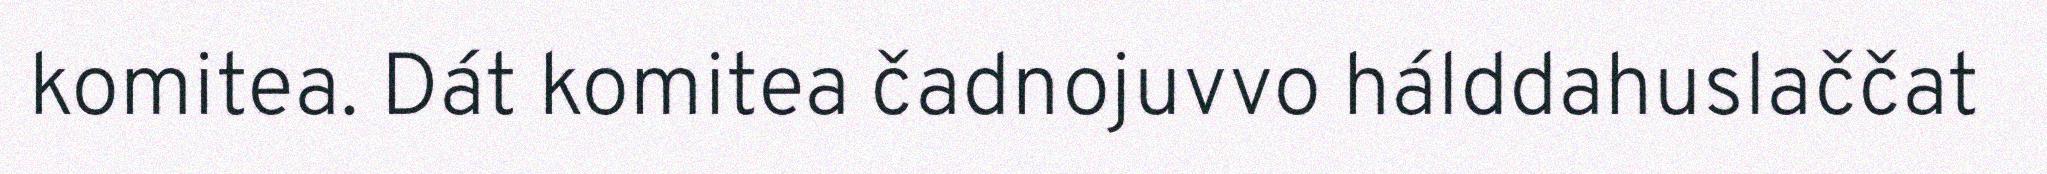
komitea. Dát komitea čadnojuvvo hálddahuslaččat